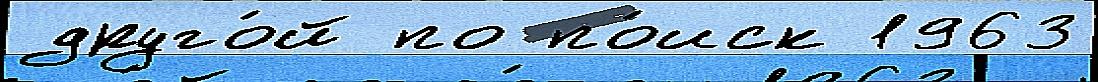
друго́й по по́иск 1963